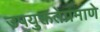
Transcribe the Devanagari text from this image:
उपयुक्ततेप्रमाणे